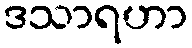
ဒသာရဟာ